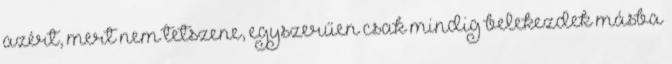
azért, mert nem tetszene, egyszerűen csak mindig belekezdek másba